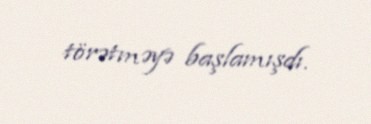
törətməyə başlamışdı.